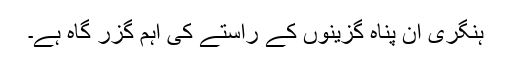
ہنگری ان پناہ گزینوں کے راستے کی اہم گزر گاہ ہے۔